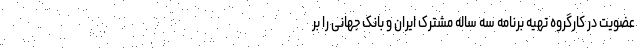
عضویت در کارگروه تهیه برنامه سه ساله مشترک ایران و بانک جهانی را بر